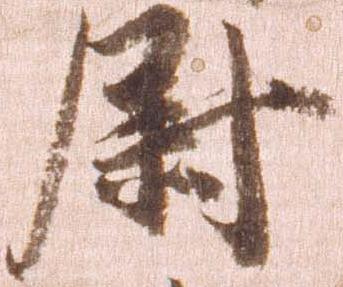
尉